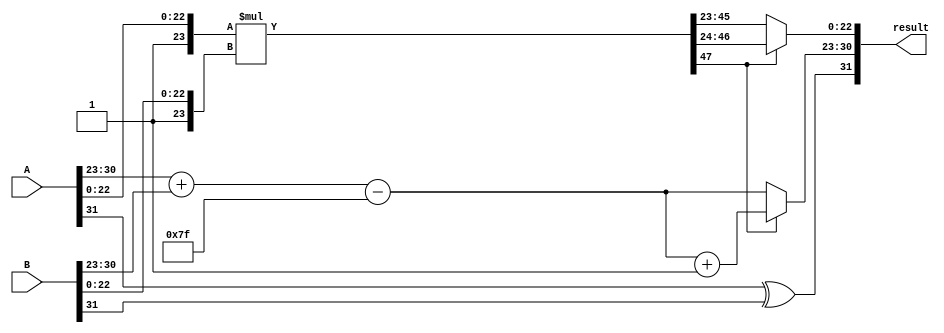
module FP_Wallace_Tree_Multiplier(
    input [31:0] A,        // First floating-point input
    input [31:0] B,        // Second floating-point input
    output reg [31:0] result // Resulting floating-point output
);

    // Constants
    parameter BIAS = 8'd127; // Bias for single-precision

    // Internal signals
    wire signed [23:0] mantissa_A;
    wire signed [23:0] mantissa_B;
    wire [7:0] exponent_A;
    wire [7:0] exponent_B;
    wire sign_A, sign_B, sign_result;
    wire [8:0] exponent_result; // 9 bits to handle overflow in exponent
    wire [47:0] mantissa_product; // Product of mantissas (24-bit * 24-bit)

    // Extract sign, exponent, and mantissa
    assign sign_A = A[31];
    assign exponent_A = A[30:23];
    assign mantissa_A = {1'b1, A[22:0]}; // Implicit leading 1 for normalized numbers

    assign sign_B = B[31];
    assign exponent_B = B[30:23];
    assign mantissa_B = {1'b1, B[22:0]}; // Implicit leading 1 for normalized numbers

    // Sign calculation
    assign sign_result = sign_A ^ sign_B;

    // Exponent calculation
    assign exponent_result = exponent_A + exponent_B - BIAS;

    // Mantissa multiplication (using a simple multiplication for readability; replace with Wallace tree logic)
    assign mantissa_product = mantissa_A * mantissa_B;

    // Normalization logic (simplified)
    reg [23:0] final_mantissa;
    reg [8:0] final_exponent;

    always @(*) begin
        // Check for normalization (simplified)
        if (mantissa_product[47]) begin
            // Normalize by shifting right
            final_mantissa = mantissa_product[46:24];
            final_exponent = exponent_result + 1;
        end else begin
            // No shift needed
            final_mantissa = mantissa_product[45:23]; // Adjusting mantissa
            final_exponent = exponent_result;
        end

        // Construct the final result
        result = {sign_result, final_exponent[7:0], final_mantissa[22:0]};
    end

endmodule